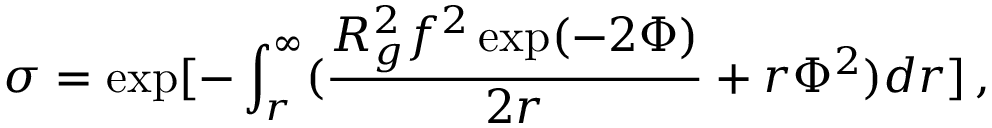
\sigma = \exp [ - \int _ { r } ^ { \infty } ( \frac { R _ { g } ^ { 2 } f ^ { 2 } \exp ( - 2 \Phi ) } { 2 r } + r \Phi ^ { 2 } ) d r ] \, ,